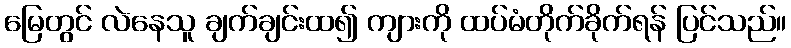
မြေတွင် လဲနေသူ ချက်ချင်းထ၍ ကျားကို ထပ်မံတိုက်ခိုက်ရန် ပြင်သည်။